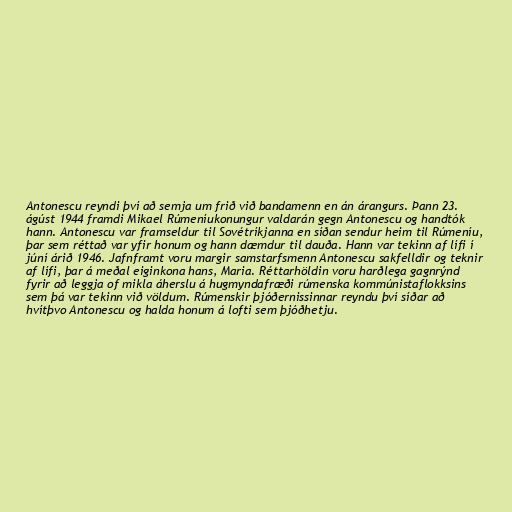
Antonescu reyndi því að semja um frið við bandamenn en án árangurs. Þann 23.
ágúst 1944 framdi Mikael Rúmeníukonungur valdarán gegn Antonescu og handtók
hann. Antonescu var framseldur til Sovétríkjanna en síðan sendur heim til Rúmeníu,
þar sem réttað var yfir honum og hann dæmdur til dauða. Hann var tekinn af lífi í
júní árið 1946. Jafnframt voru margir samstarfsmenn Antonescu sakfelldir og teknir
af lífi, þar á meðal eiginkona hans, Maria. Réttarhöldin voru harðlega gagnrýnd
fyrir að leggja of mikla áherslu á hugmyndafræði rúmenska kommúnistaflokksins
sem þá var tekinn við völdum. Rúmenskir þjóðernissinnar reyndu því síðar að
hvítþvo Antonescu og halda honum á lofti sem þjóðhetju.